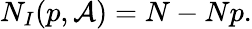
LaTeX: N_{I}(p,{\mathcal{A}})=N-Np.